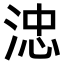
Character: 𣷡